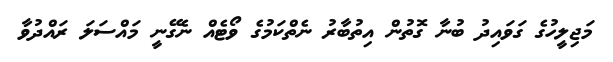
މަޖިލީހުގެ ގަވައިދު ބުނާ ގޮތުން އިތުބާރު ނެތްކަމުގެ ވޯޓެއް ނެގޭނީ މައްސަލަ ރައްދުވާ